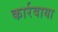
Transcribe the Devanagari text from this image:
कार्रवाया